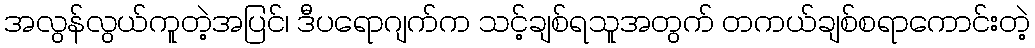
အလွန်လွယ်ကူတဲ့အပြင်၊ ဒီပရောဂျက်က သင့်ချစ်ရသူအတွက် တကယ်ချစ်စရာကောင်းတဲ့